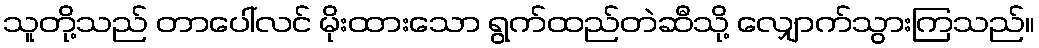
သူတို့သည် တာပေါ်လင် မိုးထားသော ရွက်ထည်တဲဆီသို့ လျှောက်သွားကြသည်။